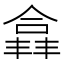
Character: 𫣘